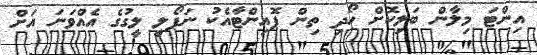
އިންޓަ މިލާން ބަލިކޮށް ހޯދި ތިން ޕޮއިންޓާއެކު ނަޕޯލީ ލީގުގެ އެއްވަނަ އަށް